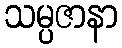
သမ္ပဇာနာ